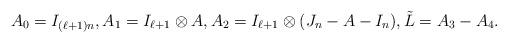
LaTeX: \begin{align*}A_0=I_{(\ell+1)n},A_1=I_{\ell+1}\otimes A,A_2=I_{\ell+1}\otimes (J_n-A-I_n),\tilde{L}=A_3-A_4.\end{align*}